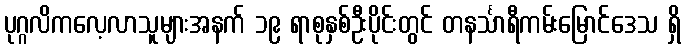
ပုဂ္ဂလိကလေ့လာသူများအနက် ၁၉ ရာစုနှစ်ဦးပိုင်းတွင် တနင်္သာရီကမ်းမြောင်ဒေသ ရှိ